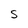
Character: S